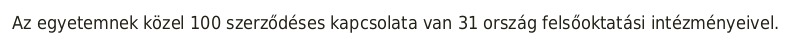
Az egyetemnek közel 100 szerződéses kapcsolata van 31 ország felsőoktatási intézményeivel.